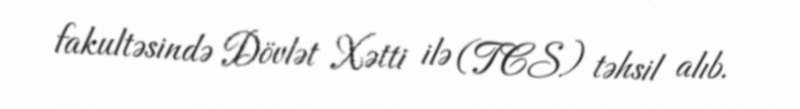
fakultəsində Dövlət Xətti ilə (TCS) təhsil alıb.